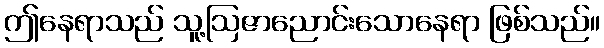
ဤနေရာသည် သူ့ဩဇာညောင်းသောနေရာ ဖြစ်သည်။